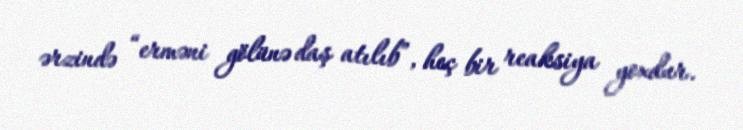
ərzində “erməni gölünə daş atılıb”, heç bir reaksiya yoxdur.